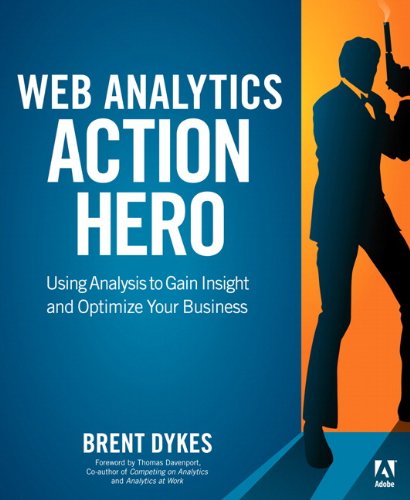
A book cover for Web Analytics Action Hero: Using Analysis to Gain Insight and Optimize Your Business; Brent Dykes; Computers & Technology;